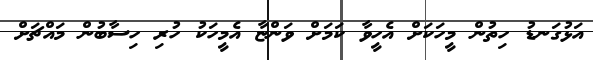
އަޅުގަނޑު ހިތުން މީހަކަށް އެހީވާ ކަމަށް ވަންޏާ އެމީހަކު ހުރި ހިސާބުން މައްޗަށް